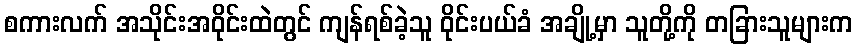
စကားလက် အသိုင်းအဝိုင်းထဲတွင် ကျန်ရစ်ခဲ့သူ ဝိုင်းပယ်ခံ အချို့မှာ သူတို့ကို တခြားသူများက